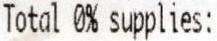
TOTAL 0% SUPPLIES: